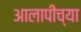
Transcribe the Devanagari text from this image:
आलापीच्या